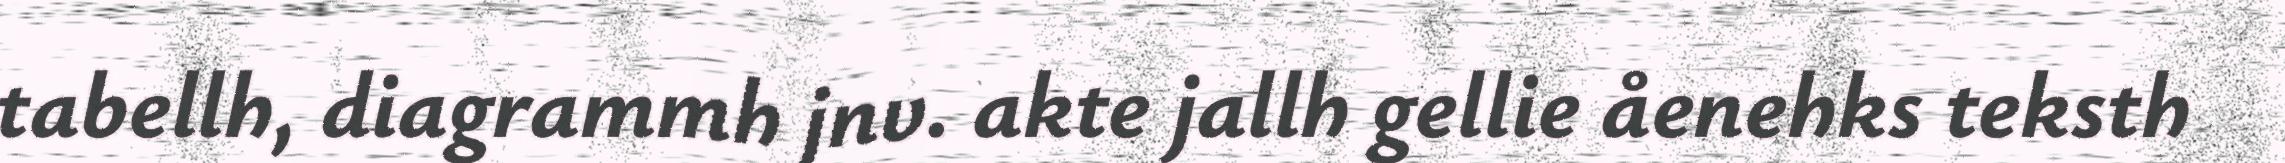
tabellh, diagrammh jnv. akte jallh gellie åenehks teksth